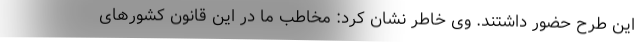
این طرح حضور داشتند. وی خاطر نشان کرد: مخاطب ما در این قانون کشورهای